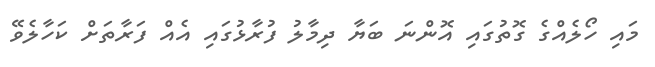
މައި ހޯލެއްގެ ގޮތުގައި އޮންނަ ބަޔާ ދިމާލު ފުރާޅުގައި އެއް ފަރާތަށް ކަހާލެވޭ